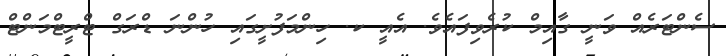
ސެންޓަރެއް ވަނީ ގާއިމް ކުރެވިފައެވެ. އެއީ ކ. ހިންމަފުށީގައި ހުންނަ ޑްރަގް ޓްރީޓްމަންޓް